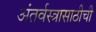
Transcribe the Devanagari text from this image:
अंतर्वस्त्रासाठीची